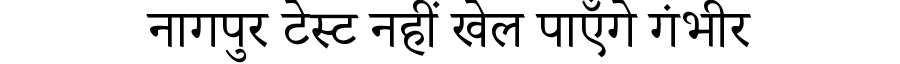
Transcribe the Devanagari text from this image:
नागपुर टेस्ट नहीं खेल पाएँगे गंभीर